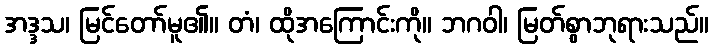
အဒ္ဒသ၊ မြင်တော်မူ၏။ တံ၊ ထိုအကြောင်းကို။ ဘဂဝါ၊ မြတ်စွာဘုရားသည်။